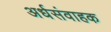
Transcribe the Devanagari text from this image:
अर्धसंवाहक